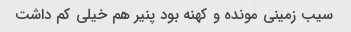
سیب زمینی مونده و کهنه بود پنیر هم خیلی کم داشت